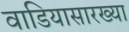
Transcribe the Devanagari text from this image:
वाडियासारख्या